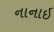
નાનાઇ